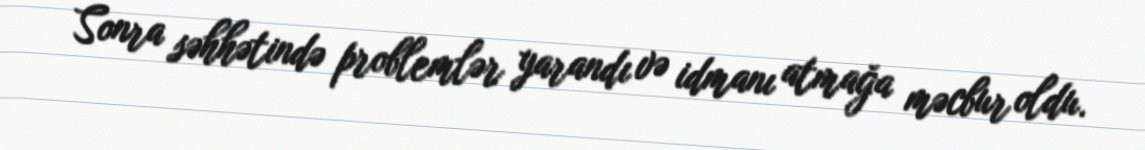
Sonra səhhətində problemlər yarandı və idmanı atmağa məcbur oldu.